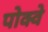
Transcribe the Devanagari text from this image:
पोक्वे